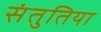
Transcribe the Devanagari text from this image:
संतुतिया